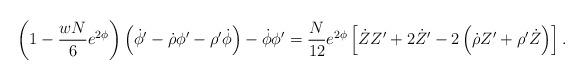
LaTeX: \begin{align*}\left( 1 - \frac{wN}{6} e^{2\phi} \right) \left( \dot{\phi}' -\dot{\rho} \phi' - \rho' \dot{\phi} \right) - \dot{\phi} \phi'= \frac{N}{12} e^{2\phi} \left[ \dot{Z} Z' + 2\dot{Z}' - 2 \left( \dot{\rho} Z' + \rho' \dot{Z} \right) \right].\end{align*}